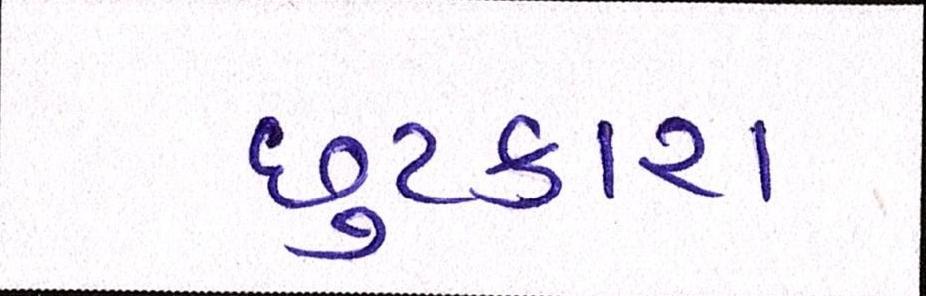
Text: છુટકારા